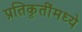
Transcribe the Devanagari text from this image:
प्रतिकृतींमध्ये